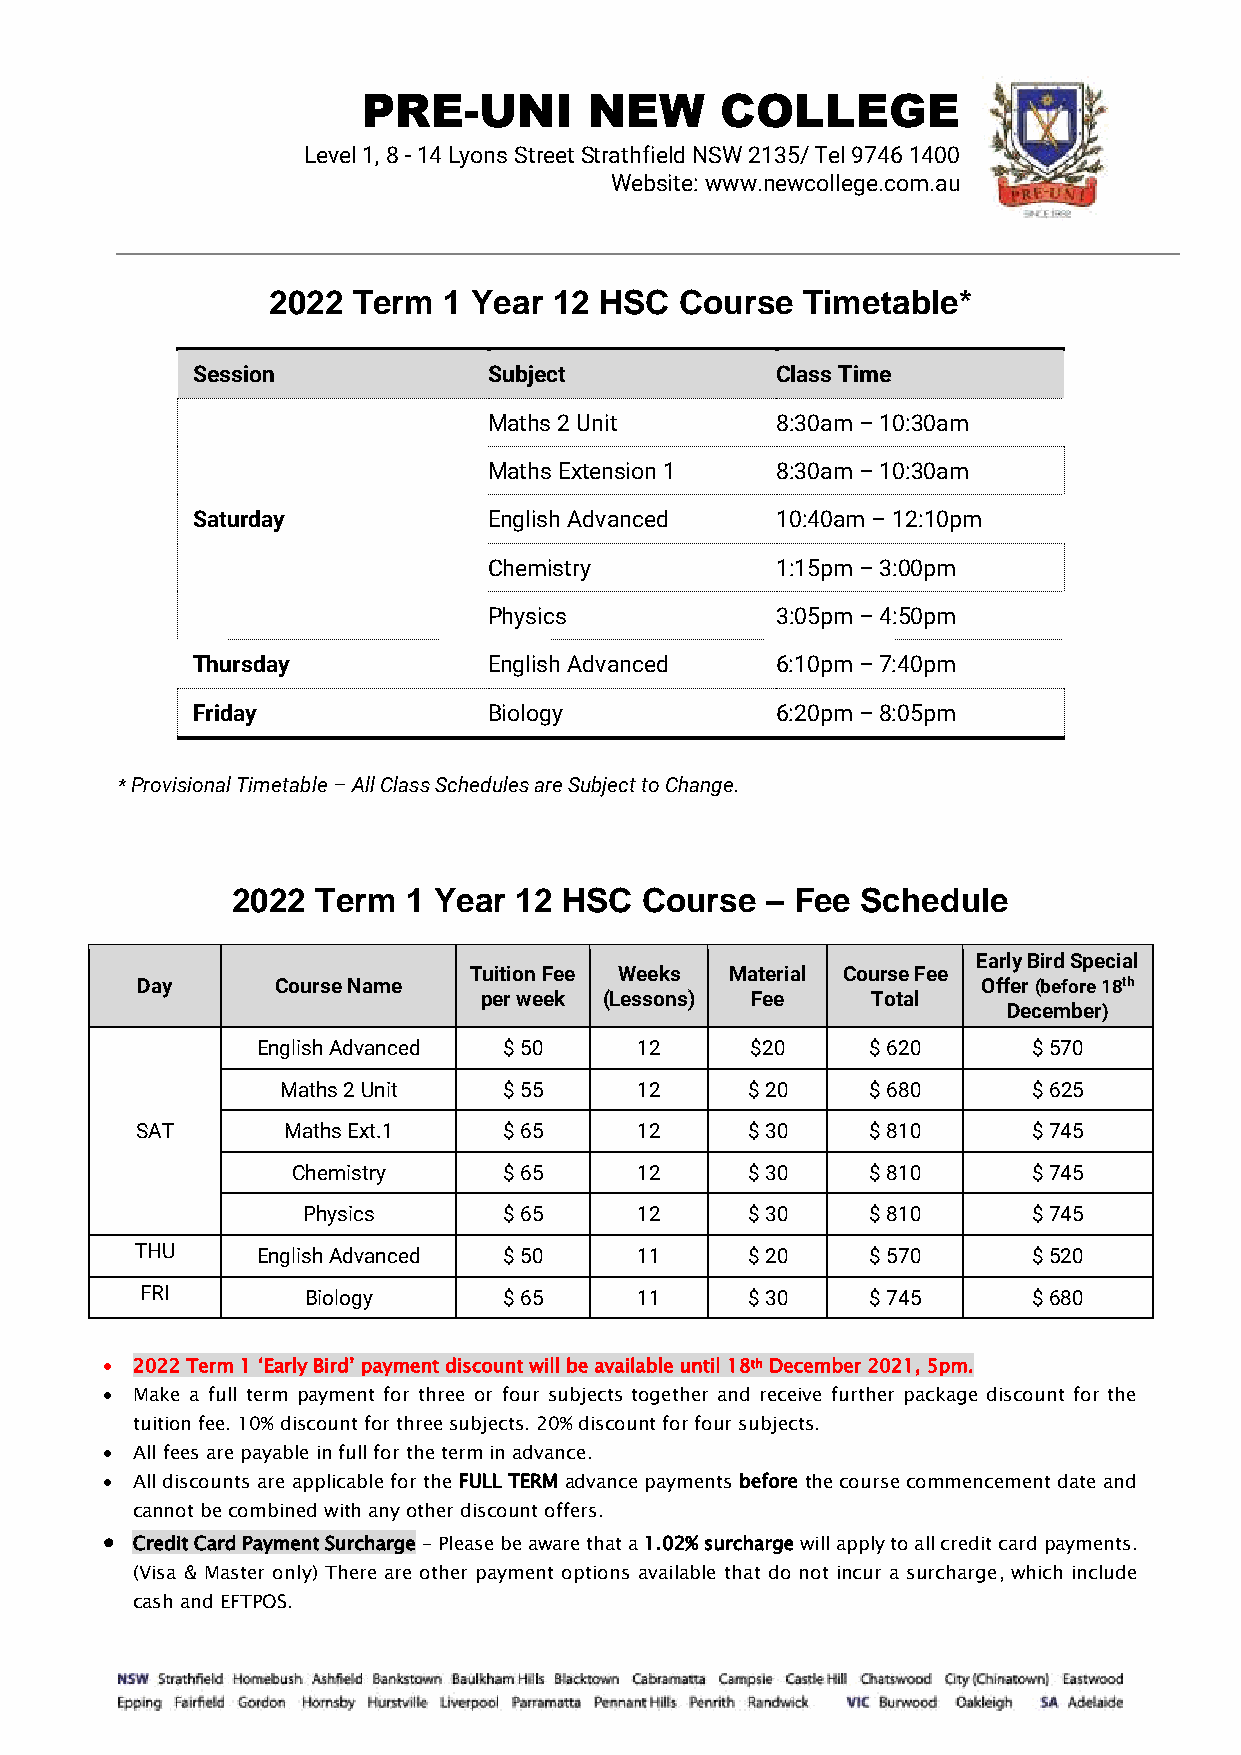
PRE-UNI        NEW      COLLEGE
 Level 1, 8 - 14 Lyons Street Strathfield NSW 2135/ Tel 9746 1400
 Website: www.newcollege.com.au
 2022 Term  1 Year  12 HSC  Course  Timetable*
 Session            Subject            Class Time
 Maths 2 Unit       8:30am – 10:30am
 Maths Extension 1  8:30am – 10:30am
 Saturday           English Advanced   10:40am – 12:10pm
 Chemistry          1:15pm – 3:00pm
 Physics            3:05pm – 4:50pm
 Thursday           English Advanced   6:10pm – 7:40pm
 Friday             Biology            6:20pm – 8:05pm
 * Provisional Timetable – All Class Schedules are Subject to Change.
 2022  Term  1 Year 12 HSC  Course   – Fee Schedule
 Early Bird Special
 Tuition Fee Weeks Material Course Fee
 Day      Course Name                                    Offer (before 18th
 per week (Lessons) Fee    Total
 December)
 English Advanced $ 50    12      $20     $ 620     $ 570
 Maths 2 Unit  $ 55     12     $ 20     $ 680     $ 625
 SAT       Maths Ext.1   $ 65     12     $ 30     $ 810     $ 745
 Chemistry     $ 65     12     $ 30     $ 810     $ 745
 Physics      $ 65     12     $ 30     $ 810     $ 745
 THU     English Advanced $ 50    11     $ 20     $ 570     $ 520
 FRI        Biology      $ 65     11     $ 30     $ 745     $ 680
  2022 Term 1 ‘Early Bird’ payment discount will be available until 18th December 2021, 5pm.
  Make a full term payment for three or four subjects together and receive further package discount for the
 tuition fee. 10% discount for three subjects. 20% discount for four subjects.
  All fees are payable in full for the term in advance.
  All discounts are applicable for the FULL TERM advance payments before the course commencement date and
 cannot be combined with any other discount offers.
  Credit Card Payment Surcharge - Please be aware that a 1.02% surcharge will apply to all credit card payments.
 (Visa & Master only) There are other payment options available that do not incur a surcharge, which include
 cash and EFTPOS.